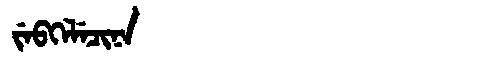
Manchu: ᠵᡝᠪᡴᡝᠯᡝᠴᡳᠨᠠ
Romanization: JEBKELECINA